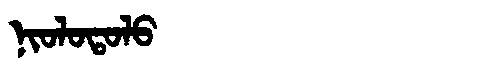
Manchu: ᠨᡳᠣᠯᠣᡨᠣᠯᠣ
Romanization: NIOLOTOLO